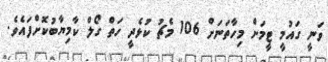
ވަނީ ގައުމީ ޓީމަށް މިހާތަނަށް 106 މެޗު ކުޅެދީ ހަތް ގޯލް ކާމިޔާބުކޮށްފައެވެ.